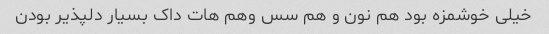
خیلی خوشمزه بود هم نون و هم سس وهم هات داک بسیار دلپذیر بودن